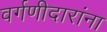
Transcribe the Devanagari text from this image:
वर्गणीदारांना